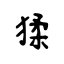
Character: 猱